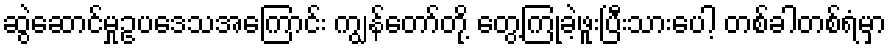
ဆွဲဆောင်မှုဥပဒေသအကြောင်း ကျွန်တော်တို့ တွေ့ကြုံခဲ့ဖူးပြီးသားပေါ့ တစ်ခါတစ်ရံမှာ